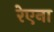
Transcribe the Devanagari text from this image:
रेएना